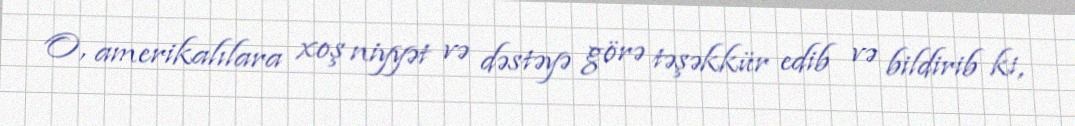
O, amerikalılara xoş niyyət və dəstəyə görə təşəkkür edib və bildirib ki,